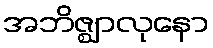
အဘိဇ္ဈာလုနော